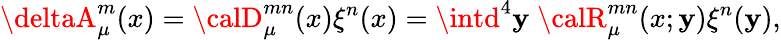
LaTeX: \deltaA_{\mu}^{m}(x)={\calD}_{\mu}^{mn}(x)\xi^{n}(x)=\intd^{4}\mathbf{y}\; {\calR}_{\mu}^{mn}(x;\mathbf{y})\xi^{n}(\mathbf{y}),